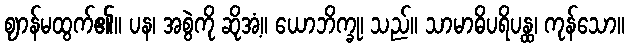
ဈာန်မထွက်၏။ ပန၊ အစွဲကို ဆိုအံ့။ ယောဘိက္ခု၊ သည်။ သာမာဓိပရိပန္ထ၊ ကုန်သော။